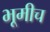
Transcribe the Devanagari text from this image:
भूमीच